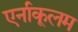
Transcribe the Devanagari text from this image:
एर्नाकूलम